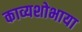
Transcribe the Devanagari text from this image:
काव्यशोभाया